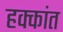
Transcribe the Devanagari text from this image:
हक्कांत